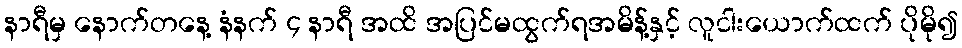
နာရီမှ နောက်တနေ့ နံနက် ၄ နာရီ အထိ အပြင်မထွက်ရအမိန့်နှင့် လူငါးယောက်ထက် ပိုမို၍